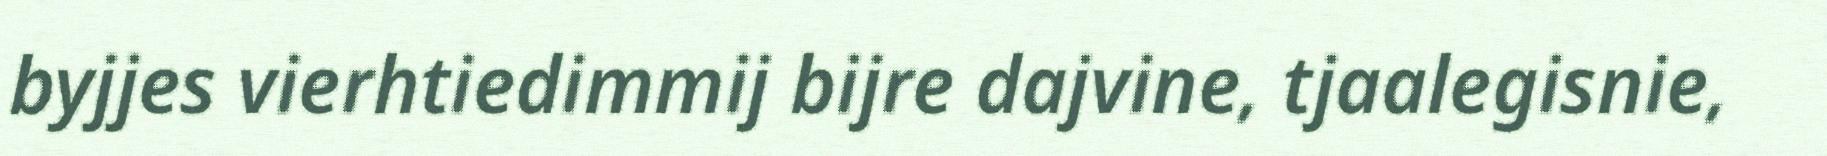
byjjes vierhtiedimmij bijre dajvine, tjaalegisnie,